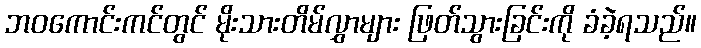
ဘဝကောင်းကင်တွင် မိုးသားတိမ်လွှာများ ဖြတ်သွားခြင်းကို ခံခဲ့ရသည်။